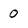
Character: 0